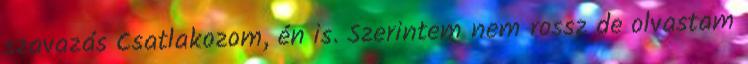
szavazás Csatlakozom, én is. Szerintem nem rossz de olvastam